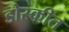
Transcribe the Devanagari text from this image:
डोस्कीत